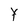
Character: Y